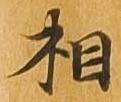
相